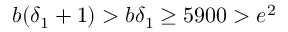
b ( \delta _ { 1 } + 1 ) > b \delta _ { 1 } \geq 5 9 0 0 > e ^ { 2 }